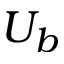
U _ { b }